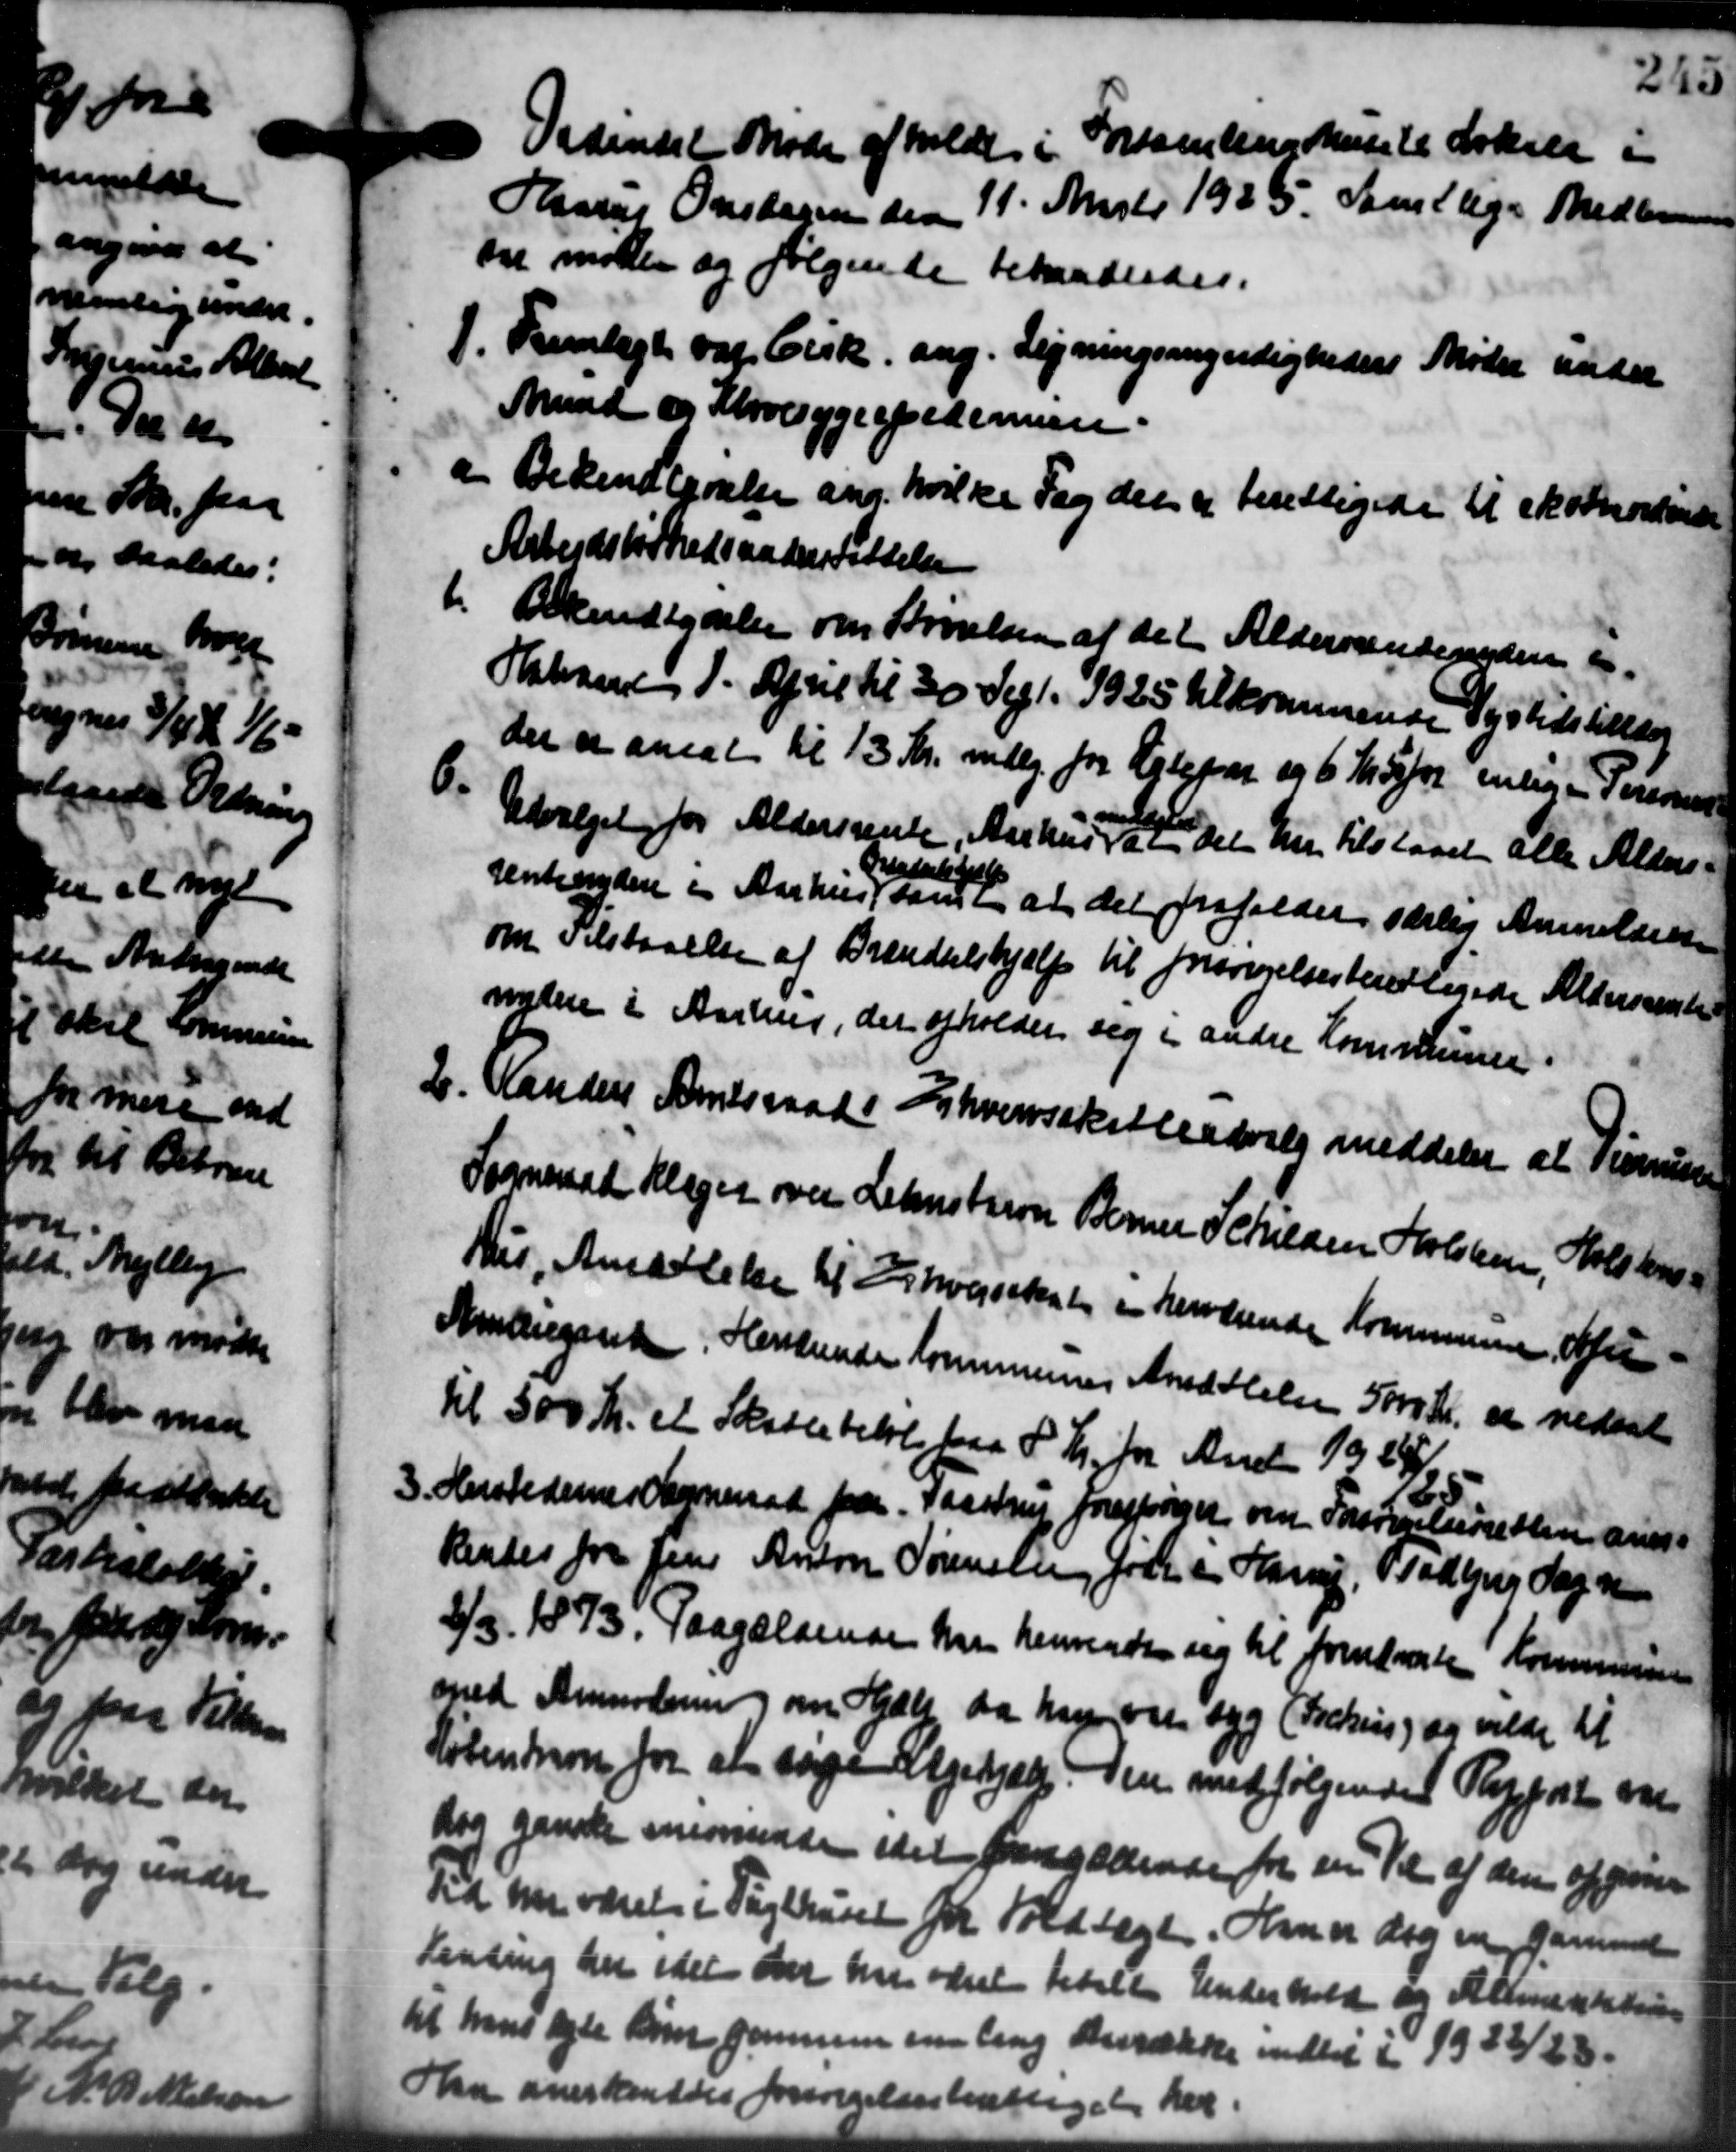
Transskription:
Ordindet Møde afholdt i Forsamlingshusete Lokale "
Harles Onsdagen den 11. Marts 1935 Samtlige Medlemmer
en moder og følgende behandledes.
1. Fremlagt var Cirk. ang. Lejningsmyndighedens Møde under
1. Fremlagt var Cirk. ang. Lejningsmyndighedens Møde under
Mund og Klovesygeppedemen.
- Bekendtgørelse ang. hvilke Fag der er berettigede til ekstorkende
- Bekendtgørelse ang. hvilke Fag der er berettigede til ekstorkende
Arbejdsløshedsunderstøttelse
1. Bekendtgørelse om Skrivelsen af det Aldersrentenydere er-
1. Bekendtgørelse om Skrivelsen af det Aldersrentenydere er-
Halvaaret 1. April til 30 Sept. 1925 tilkommende Vejstidstillæg
der er ansat til 13 Kr. mdlg. for Ejler og 6 Kr 50 for enlige Personer
6.
Udvalget for Aldersrente, Aarhus at det har tilstaaet alle Alders-
Irestatskat
rentenydere i Aarhus Stensen at det frafalder særlig Anmelder-
om Tilstaaelse af Brændselshjælp til forsørgelsesberettigede Aldersrenter
nydere i Aarhus, der afholder sig i andre Kommunen.
20. Randers Amtsraads Erhvervsskatteudvalg meddeler at Timmunen
20. Randers Amtsraads Erhvervsskatteudvalg meddeler at Timmunen
Sogneraad Klager over Lehnstron Berner Schilden Holsteen, Holstens
hus Ansættelse til Sihvervskabe en herværende Kommunen offen
Amtugsret. Herslunder kommunens Ansættelse 5000 Kr. er nedsat
til 500 Kr. et Skattebetale paa 8 Kr. for Aaret 1924/9.
3. Herstedernes Sogneraad fra Taastrup forespørger om Forstanteretten aner-
3. Herstedernes Sogneraad fra Taastrup forespørger om Forstanteretten aner-
Rendes fra Jens Anton Sørensen Jørge Harry Bradbjerg Sogne
2/2 1873. Paagældende han henvende sig til forelagte Kommunen
med Anmodning om Hjælp da han var syg (Freking og vilde til
Købentrion for at søge Ugehjælp. Den medfølgende Rapport var
dog ganske snemsende det fangædende for sin Til af den opgiver
Tid har været i Tagthuset for Foldtægt. Han dog mig Gamme
Landing her idet der de været betalte Underhold og Allimentationen
til hans lejle Røm gennem en ling Anrække indtil i 1933/28.
Han anerkendtes forsørgelsesberettiget her.